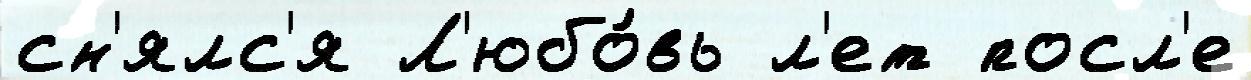
сн'ялс'я Л'юбо́вь л'ет посл'е